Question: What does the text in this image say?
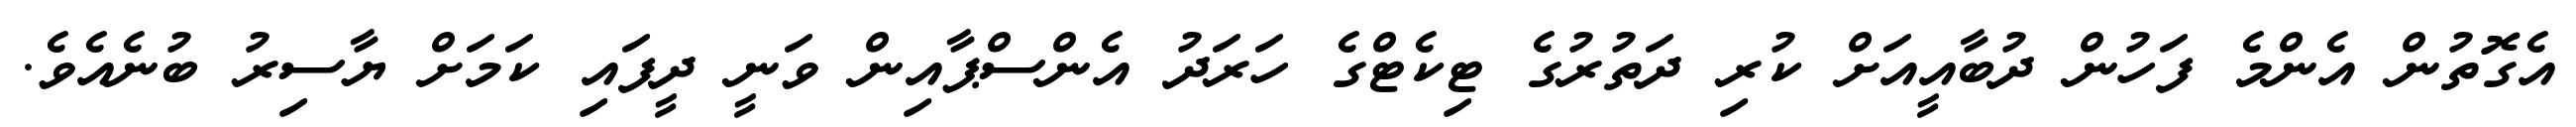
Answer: އެގޮތުން އެންމެ ފަހުން ދުބާއީއަށް ކުރި ދަތުރުގެ ޓިކެޓްގެ ހަރަދު އެންސްޕާއިން ވަނީ ދީފައި ކަމަށް ޔާސިރު ބުނެއެވެ.